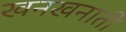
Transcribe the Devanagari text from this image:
खनखनाती